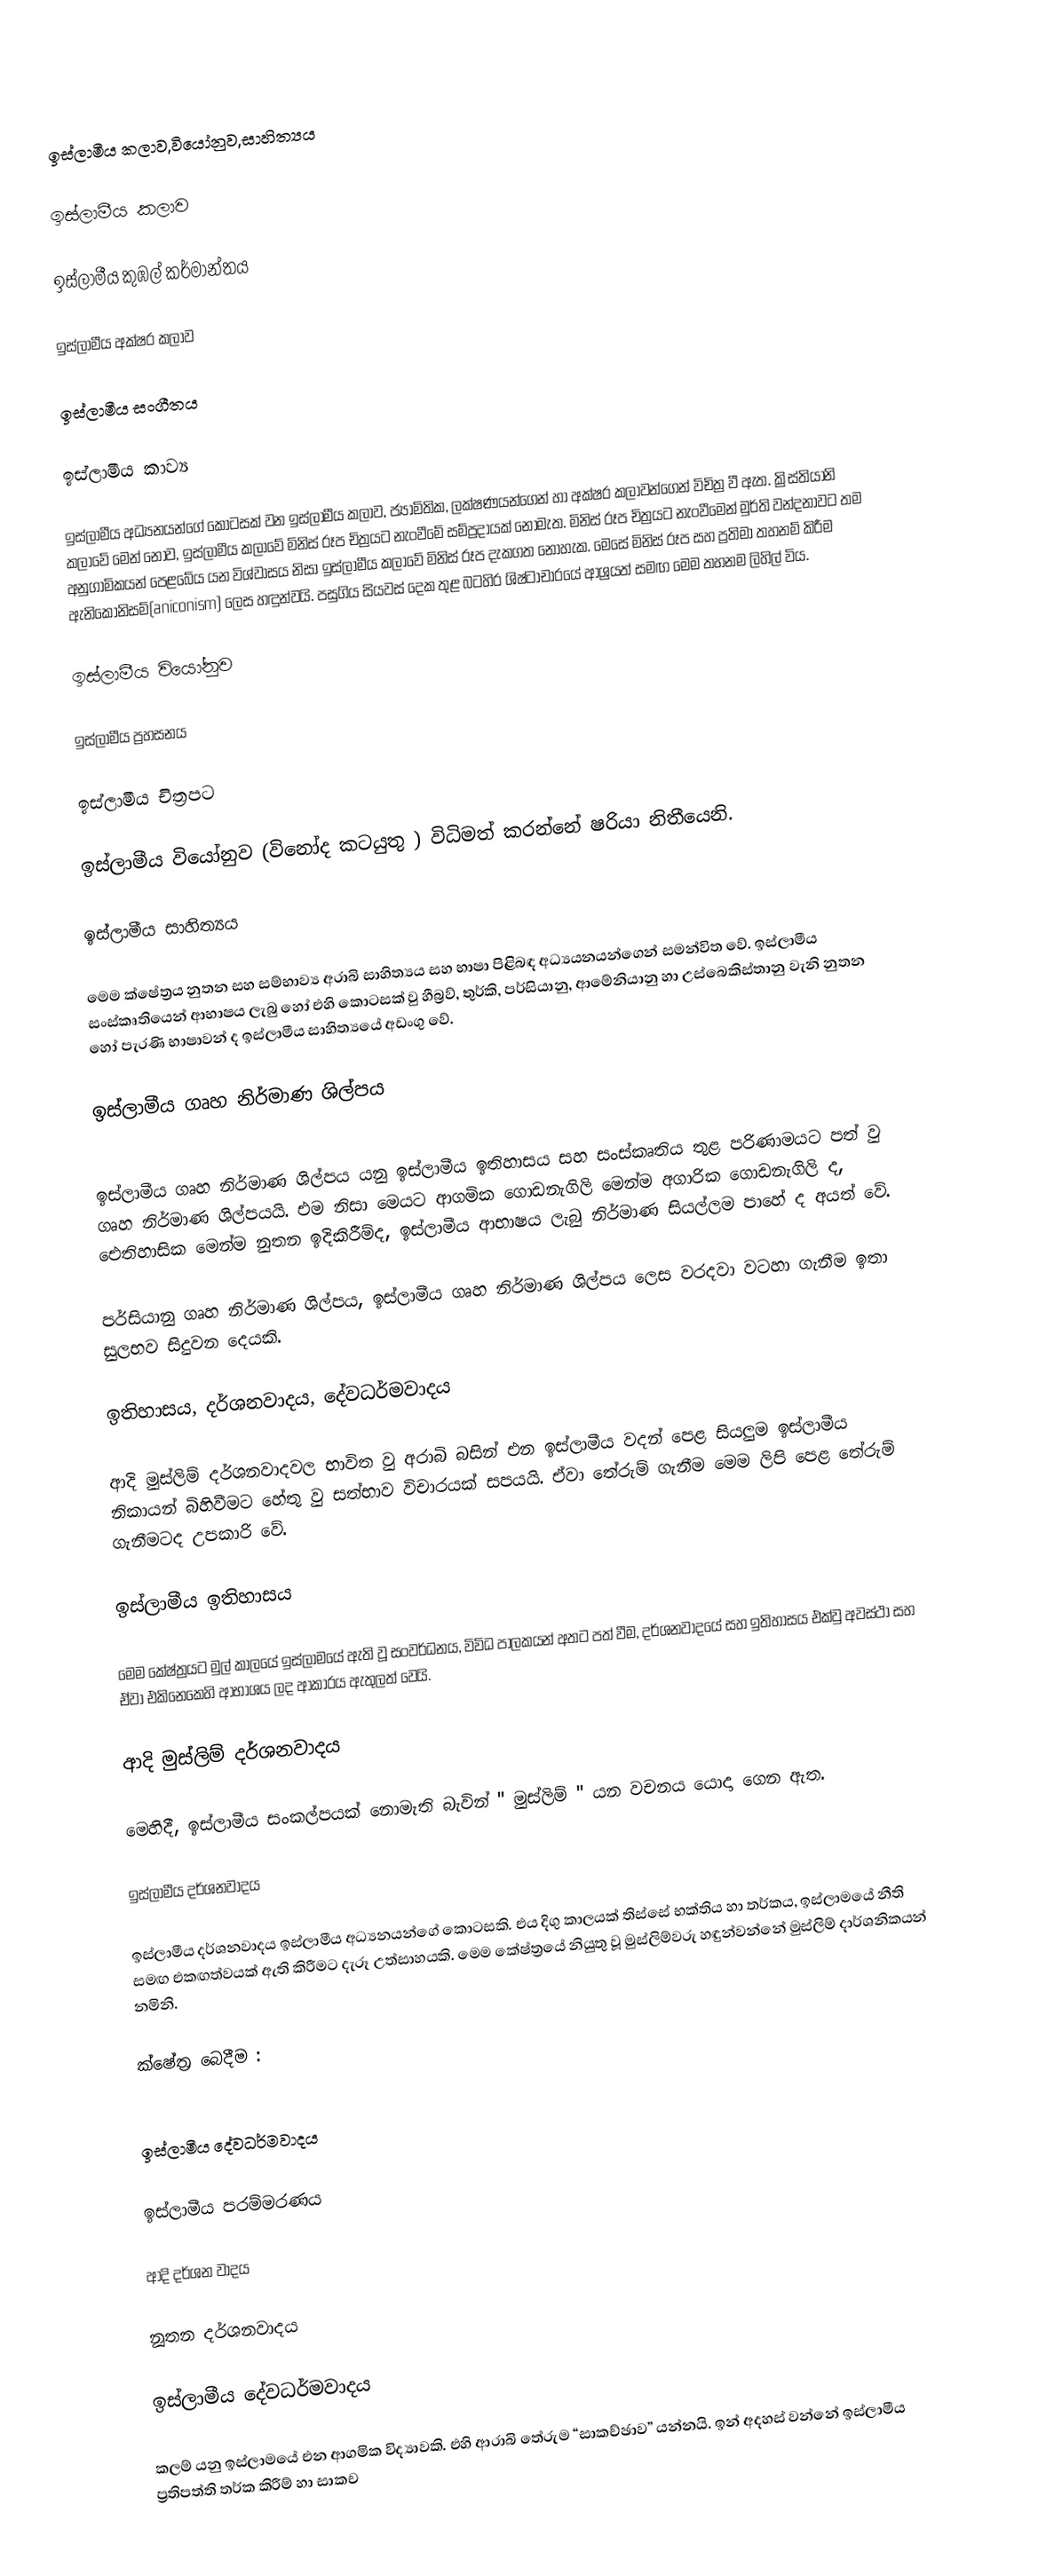

ඉස්ලාමීය කලාව,වියෝනුව,සාහිත්‍යය

ඉස්ලාමීය කලාව

	ඉස්ලාමීය කුඹල් කර්මාන්තය

	ඉස්ලාමීය අක්ෂර කලාව

	ඉස්ලාමීය සංගීතය

	ඉස්ලාමීය කාව්‍ය

ඉස්ලාමීය අධ්‍යනයන්ගේ කොටසක් වන ඉස්ලාමීය කලාව, ජ්‍යාමිතික, ලක්ෂණයන්ගෙන් හා අක්ෂර කලාවන්ගෙන් විචිත්‍ර  වී ඇත. ක්‍රිස්තියානි කලාවේ මෙන් නොව, ඉස්ලාමීය කලාවේ මිනිස් රූප චිත්‍රයට නැංවීමේ සම්ප්‍රදායක් නොමැත. මිනිස් රූප චිත්‍රයට නැංවීමෙන් මුර්ති වන්දනාවට තම අනුගාමිකයන් පෙළබේය යන විශ්වාසය නිසා ඉස්ලාමීය කලාවේ මිනිස් රූප දැකගත නොහැක. මෙසේ මිනිස් රූප සහ ප්‍රතිමා තහනම් කිරීම ඇනිකොනිසම්(aniconism)  ලෙස හඳුන්වයි. පසුගිය සියවස් දෙක තුළ බටහිර ශිෂ්ටාචාරයේ ආශ්‍රයත් සමඟ මෙම තහනම ලිහිල් විය.

ඉස්ලාමීය වියෝනුව

	ඉස්ලාමීය ප්‍රහසනය

	ඉස්ලාමීය චිත්‍රපට

ඉස්ලාමීය වියෝනුව (විනෝද කටයුතු ) විධිමත් කරන්නේ ෂරියා නිතීයෙනි.

ඉස්ලාමීය සාහිත්‍යය

මෙම ක්ෂේත්‍රය නුතන සහ සම්භාව්‍ය අරාබි සාහිත්‍යය සහ භාෂා පිළිබඳ අධ්‍යයනයන්ගෙන් සමන්විත වේ. ඉස්ලාමීය සංස්කෘතියෙන් ආභාෂය ලැබු හෝ එහි කොටසක් වු හීබ්‍රව්, තුර්කි, පර්සියානු, ආමේනියානු හා උස්බෙකිස්තානු වැනි නුතන හෝ පැරණි භාෂාවන් ද ඉස්ලාමීය සාහිත්‍යයේ අඩංගු ‍වේ.

ඉස්ලාමීය ගෘහ නිර්මාණ ශිල්පය

ඉස්ලාමීය ගෘහ නිර්මාණ ශිල්පය යනු ඉස්ලාමීය ඉතිහාසය සහ සංස්කෘතිය තුළ පරිණාමයට පත් වු ගෘහ නිර්මාණ ශිල්පයයි. එම නිසා මෙයට ආගමික ගොඩනැගිලි මෙන්ම අගාරික ගොඩනැගිලි ද, ඓතිහාසික මෙන්ම නුතන ඉදිකිරීම්ද, ඉස්ලාමීය ආභාෂය ලැබු නිර්මාණ සියල්ලම පාහේ ද අයත් වේ.

පර්සියානු ගෘහ නිර්මාණ ශිල්පය, ඉස්ලාමීය ගෘහ නිර්මාණ ශිල්පය ලෙස වරදවා වටහා ගැනීම ඉතා සුලභව සිදුවන දෙයකි.

ඉතිහාසය, දර්ශනවාදය, දේවධර්මවාදය

ආදි මුස්ලිම් දර්ශනවාදවල භාවිත වු අරාබි බසින් එන ඉස්ලාමීය වදන් පෙළ සියලුම ඉස්ලාමීය නිකායන් බිහිවීමට හේතු වු සත්භාව විචාරයක් සපයයි. ඒවා තේරුම් ගැනීම මෙම ලිපි පෙළ තේරුම් ගැනීමටද  උපකාරි වේ.

ඉස්ලාමීය ඉතිහාසය

මෙම කේෂ්ත්‍රයට මුල් කාලයේ ඉස්ලාමයේ ඇති වූ සංවර්ධනය, විවිධ පාලකයන් අතට පත් වීම, දර්ශනවාදයේ සහ ඉතිහාසය එක්වු අවස්ථා සහ ඒවා එකිනෙකෙහි ආභාශය ලද ආකාරය ඇතුලත් වෙයි.

ආදි මුස්ලිම් දර්ශනවාදය

මෙහිදී, ඉස්ලාමීය සංකල්පයක් නොමැති බැවින් " මුස්ලිම් " යන වචනය යොදා ගෙන ඇත.

ඉස්ලාමීය දර්ශනවාදය

ඉස්ලාමීය දර්ශනවාදය ඉස්ලාමීය අධ්‍යනයන්ගේ කොටසකි. එය දිගු කාලයක් තිස්සේ භක්තිය හා තර්කය, ඉස්ලාමයේ නීති සමඟ එකඟත්වයක් ඇති කිරීමට දැරූ උත්සාහයකි. මෙම කේෂ්ත්‍රයේ නියුතු වූ මුස්ලිම්වරු හඳුන්වන්නේ මුස්ලිම් දාර්ශනිකයන් නමිනි.

ක්ෂේත්‍ර බෙදීම :

	ඉස්ලාමීය දේවධර්මවාදය

	ඉස්ලාමීය පරම්මරණය

	ආදි දර්ශන වාදය

	නූතන දර්ශනවාදය

ඉස්ලාමීය දේවධර්මවාදය

කලම් යනු ඉස්ලාමයේ එන ආගමික විද්‍යාවකි. එහි ආරාබි තේරුම “සාකච්ඡාව” යන්නයි. ඉන් අදහස් වන්නේ ඉස්ලාමීය ප්‍රතිපත්ති තර්ක කිරීම් හා සාකච